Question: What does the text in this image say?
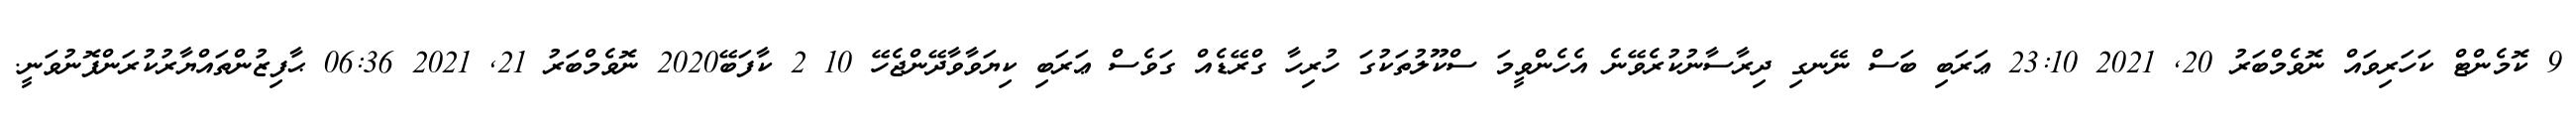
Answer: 9 ކޮމެންޓް ކަހަރިވައް ނޮވެމްބަރު 20, 2021 23:10 ޢަރަބި ބަސް ނޭނގި ދިރާސާނުކުރެވޭނެ އެހެންވީމަ ސްކޫލުތަކުގަ ހުރިހާ ގްރޭޑެއް ގަވެސް ޢަރަބި ކިޔަވާވާދޭންޖެހޭ 10 2 ކާފަބޭ2020 ނޮވެމްބަރު 21, 2021 06:36 ޙާފިޒުންތައްޔާރުކުރަންފޮނުވަނީ.